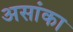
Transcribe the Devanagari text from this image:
असांका